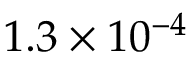
1 . 3 \times 1 0 ^ { - 4 }